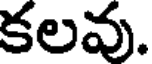
కలవు.